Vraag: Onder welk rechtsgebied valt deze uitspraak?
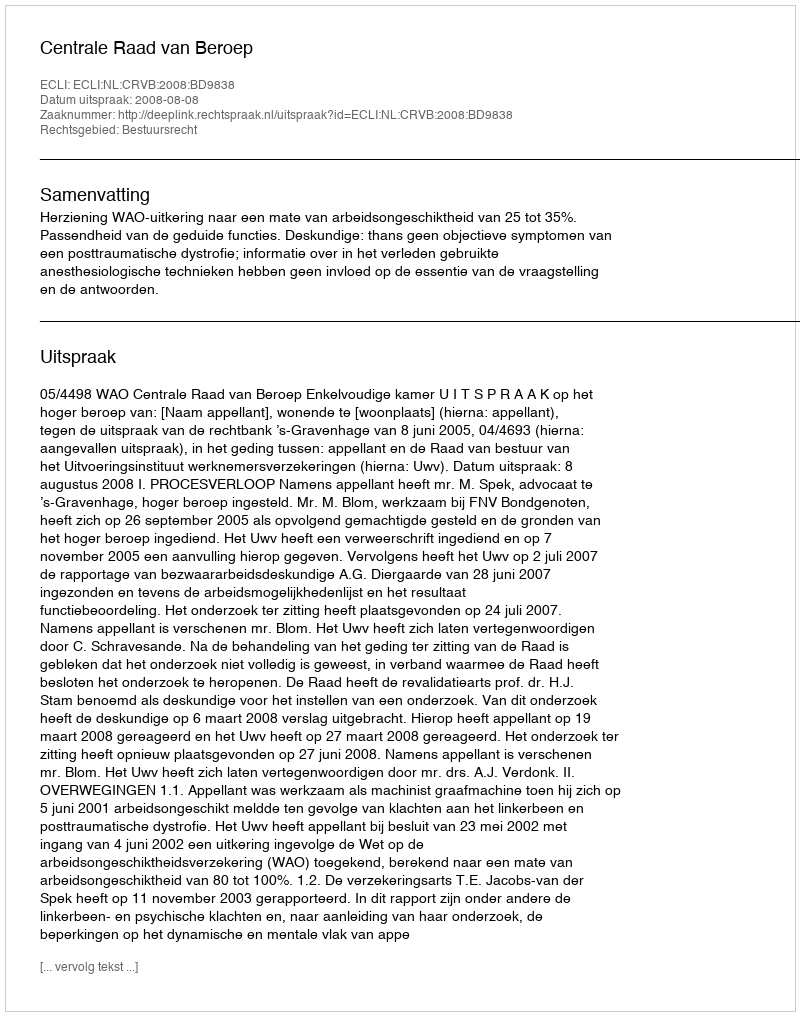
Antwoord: Bestuursrecht